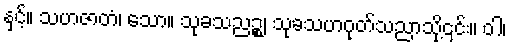
နှင့်။ သဟဇာတံ၊ သော။ သုခသညဉ္စ၊ သုခသဟဂုတ်သညာသို့၎င်း။ ဝါ၊